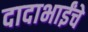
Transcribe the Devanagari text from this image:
दादाभाईंचे